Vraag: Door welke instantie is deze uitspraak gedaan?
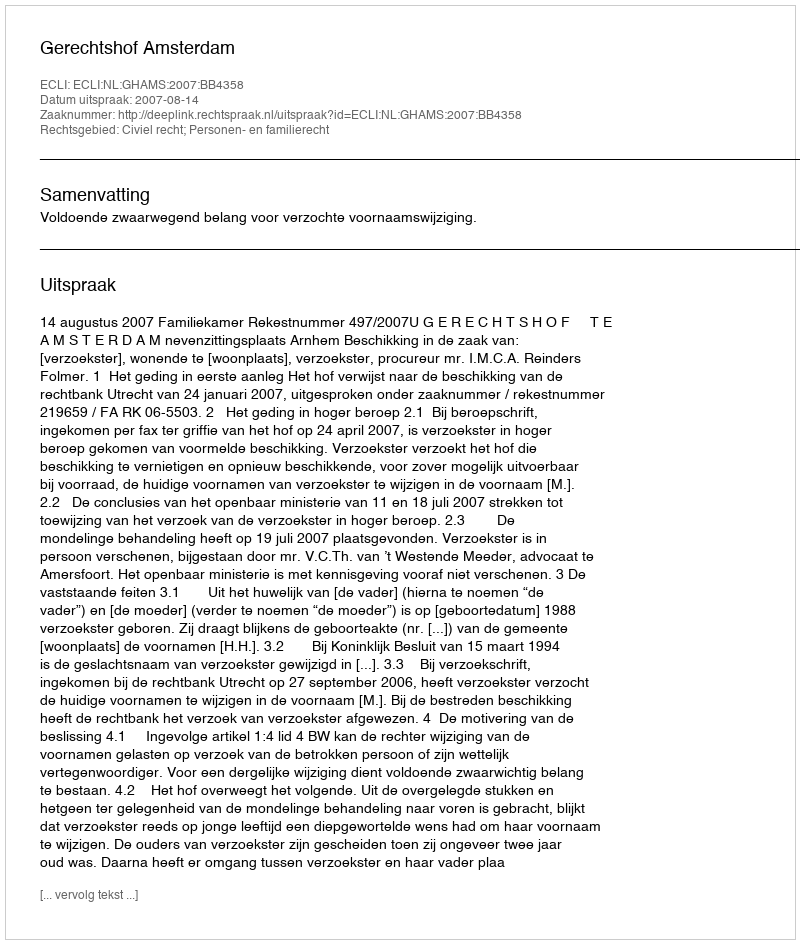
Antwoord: Gerechtshof Amsterdam